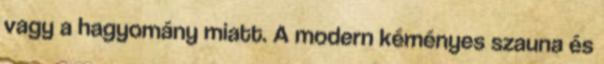
vagy a hagyomány miatt. A modern kéményes szauna és